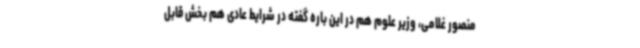
منصور غلامی، وزیر علوم هم در این‌ باره گفته در شرایط عادی هم بخش قابل